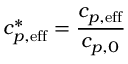
c _ { p , \mathrm { e f f } } ^ { * } = \frac { c _ { p , \mathrm { e f f } } } { c _ { p , 0 } }